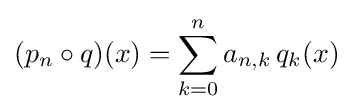
(p_{n}\circ q)(x)=\sum _{k=0}^{n}a_{n,k}\,q_{k}(x)